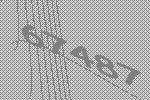
67487